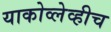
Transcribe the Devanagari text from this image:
याकोव्लेव्हीच